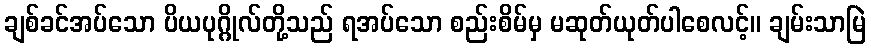
ချစ်ခင်အပ်သော ပိယပုဂ္ဂိုလ်တို့သည် ရအပ်သော စည်းစိမ်မှ မဆုတ်ယုတ်ပါစေလင့်။ ချမ်းသာမြဲ